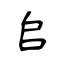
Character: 𠂤